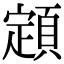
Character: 顁